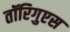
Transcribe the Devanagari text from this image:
तॉरिगुएस